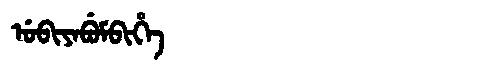
Manchu: ᡠᠪᡳᠶᠠᠪᡠᠮᠪᡳᡥᡝ
Romanization: UBIYABUMBIHE